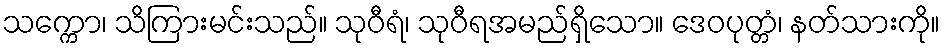
သက္ကော၊ သိကြားမင်းသည်။ သုဝီရံ၊ သုဝီရအမည်ရှိသော။ ဒေဝပုတ္တံ၊ နတ်သားကို။